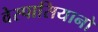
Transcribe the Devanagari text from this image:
वेस्पासियानो